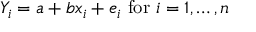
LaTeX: Y _ { i } = a + b x _ { i } + e _ { i } { \mathrm { ~ f o r ~ } } i = 1 , \dots , n